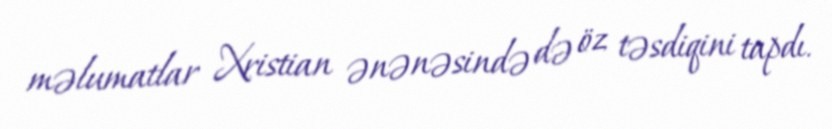
məlumatlar Xristian ənənəsində də öz təsdiqini tapdı.